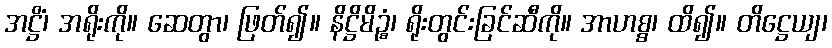
အဋ္ဌိံ၊ အရိုးကို။ ဆေတွာ၊ ဖြတ်၍။ နိဋ္ဌိမိဉ္စံ၊ ရိုးတွင်းခြင်ဆီကို။ အာဟစ္စ၊ ထိ၍။ တိဋ္ဌေယျ၊